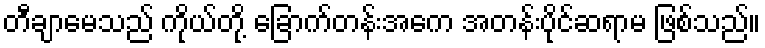
တီချာမေသည် ကိုယ်တို့ ခြောက်တန်းအေက အတန်းပိုင်ဆရာမ ဖြစ်သည်။